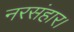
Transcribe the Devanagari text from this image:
नरसंहार।